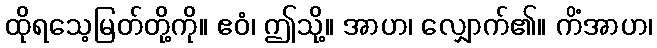
ထိုရသေ့မြတ်တို့ကို။ ဧဝံ၊ ဤသို့။ အာဟ၊ လျှောက်၏။ ကိံအာဟ၊